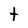
Character: t